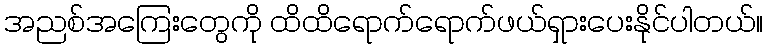
အညစ်အကြေးတွေကို ထိထိရောက်ရောက်ဖယ်ရှားပေးနိုင်ပါတယ်။